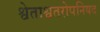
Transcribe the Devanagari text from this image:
श्वेताश्वतरोपनिषद